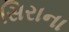
સિરાના